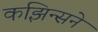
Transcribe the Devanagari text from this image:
कझिन्सने